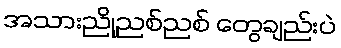
အသားညိုညစ်ညစ် တွေချည်းပဲ